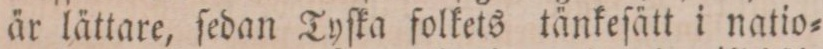
är lättare, ſedan Tyſka folkets tänkeſätt i natio=